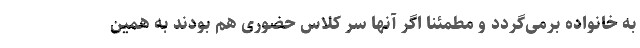
به خانواده برمی‌گردد و مطمئنا اگر آنها سر کلاس حضوری هم بودند به همین